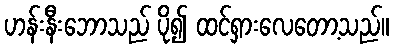
ဟန်းနီးဘောသည် ပို၍ ထင်ရှားလေတော့သည်။